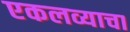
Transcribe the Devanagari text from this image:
एकलव्याचा